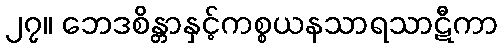
၂၇။ ဘေဒစိန္တာနှင့်ကစ္စယနသာရသာဋီကာ